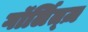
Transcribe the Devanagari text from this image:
गॉर्लित्ज़